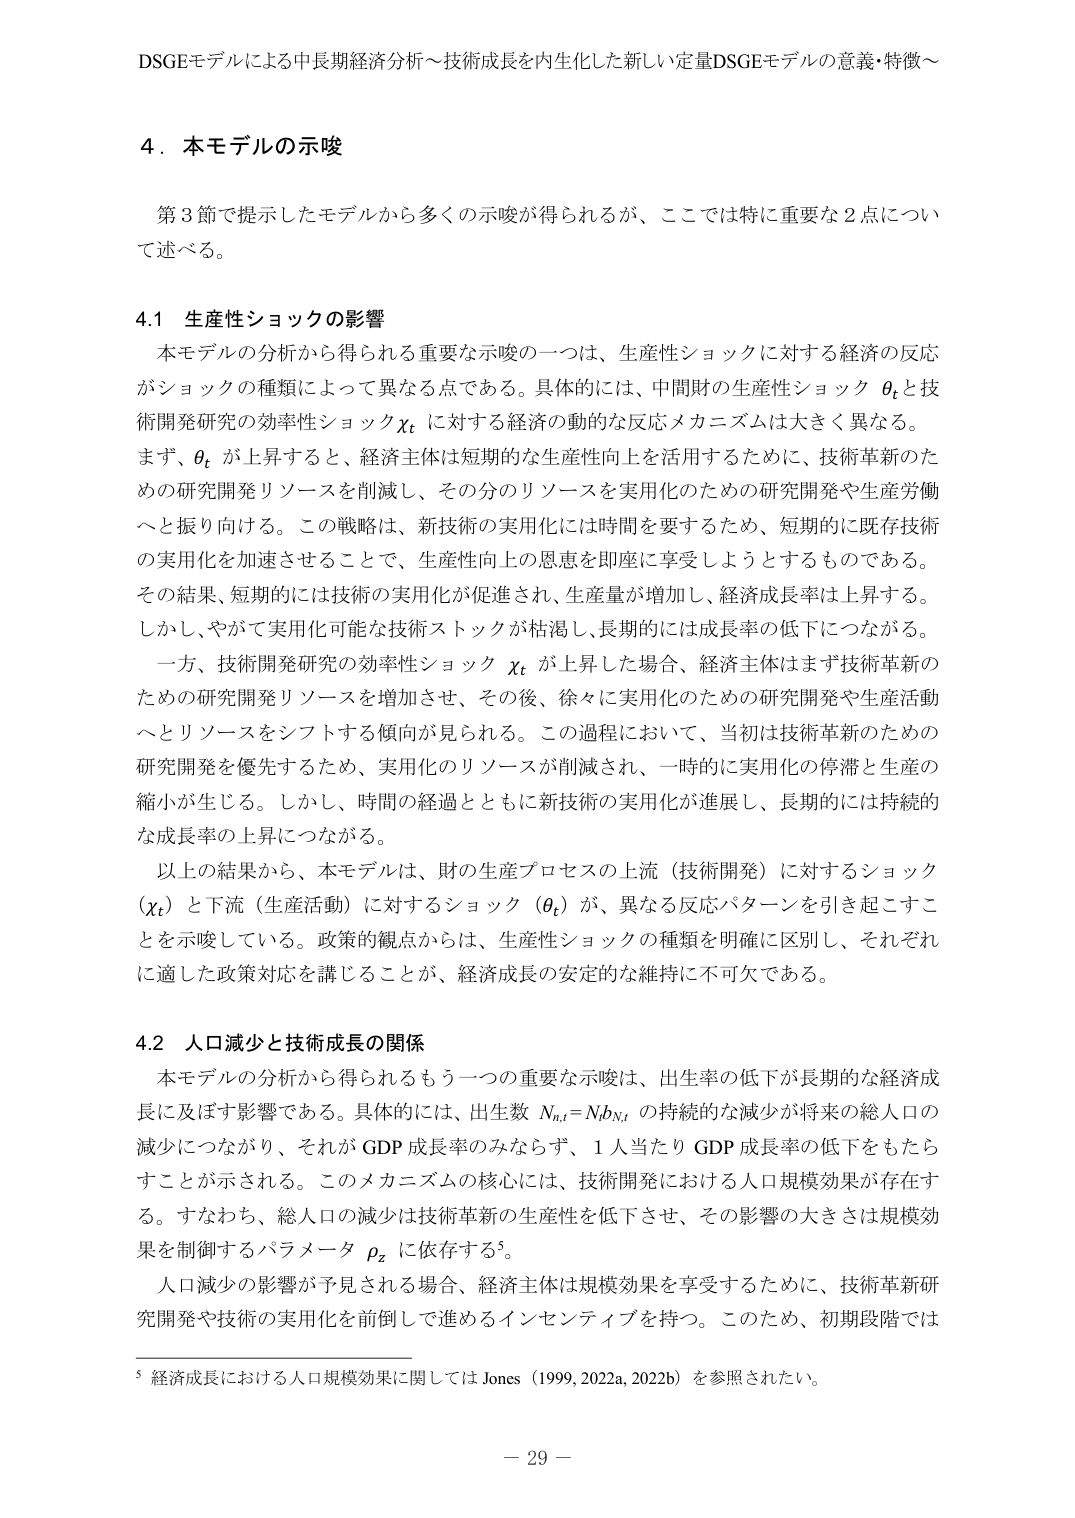
DSGEモデルによる中長期経済分析～技術成長を内生化した新しい定量DSGEモデルの意義・特徴～

4．本モデルの示唆

第3節で提示したモデルから多くの示唆が得られるが、ここでは特に重要な2点について述べる。

4.1 生産性ショックの影響

本モデルの分析から得られる重要な示唆の一つは、生産性ショックに対する経済の反応がショックの種類によって異なる点である。具体的には、中間財の生産性ショック θt と技術開発研究の効率性ショック xt に対する経済の動的な反応メカニズムは大きく異なる。まず、θt が上昇すると、経済主体は短期的な生産性向上を活用するために、技術革新のための研究開発リソースを削減し、その分のリソースを実用化のための研究開発や生産労働へと振り向ける。この戦略は、新技術の実用化には時間を要するため、短期的に既存技術の実用化を加速させることで、生産性向上の恩恵を即座に享受しようとするものである。その結果、短期的には技術の実用化が促進され、生産量が増加し、経済成長率は上昇する。しかし、やがて実用化可能な技術ストックが枯渇し、長期的には成長率の低下につながる。

一方、技術開発研究の効率性ショック xt が上昇した場合、経済主体はまず技術革新のための研究開発リソースを増加させ、その後、徐々に実用化のための研究開発や生産活動へとリソースをシフトする傾向が見られる。この過程において、当初は技術革新のための研究開発を優先するため、実用化のリソースが削減され、一時的に実用化の停滞と生産の縮小が生じる。しかし、時間の経過とともに新技術の実用化が進展し、長期的には持続的な成長率の上昇につながる。

以上の結果から、本モデルは、財の生産プロセスの上流（技術開発）に対するショック（xt）と下流（生産活動）に対するショック（θt）が、異なる反応パターンを引き起こすことを示唆している。政策的観点からは、生産性ショックの種類を明確に区別し、それぞれに適した政策対応を講じることが、経済成長の安定的な維持に不可欠である。

4.2 人口減少と技術成長の関係

本モデルの分析から得られるもう一つの重要な示唆は、出生率の低下が長期的な経済成長に及ぼす影響である。具体的には、出生数 Nn,t = Nb,t の持続的な減少が将来の総人口の減少につながり、それがGDP成長率のみならず、1人当たりGDP成長率の低下をもたらすことが示される。このメカニズムの核心には、技術開発における人口規模効果が存在する。すなわち、総人口の減少は技術革新の生産性を低下させ、その影響の大きさは規模効果を制御するパラメータ ρz に依存する⁵。

人口減少の影響が予見される場合、経済主体は規模効果を享受するために、技術革新研究開発や技術の実用化を前倒しで進めるインセンティブを持つ。このため、初期段階では

⁵ 経済成長における人口規模効果に関しては Jones（1999, 2022a, 2022b）を参照されたい。

－ 29 －